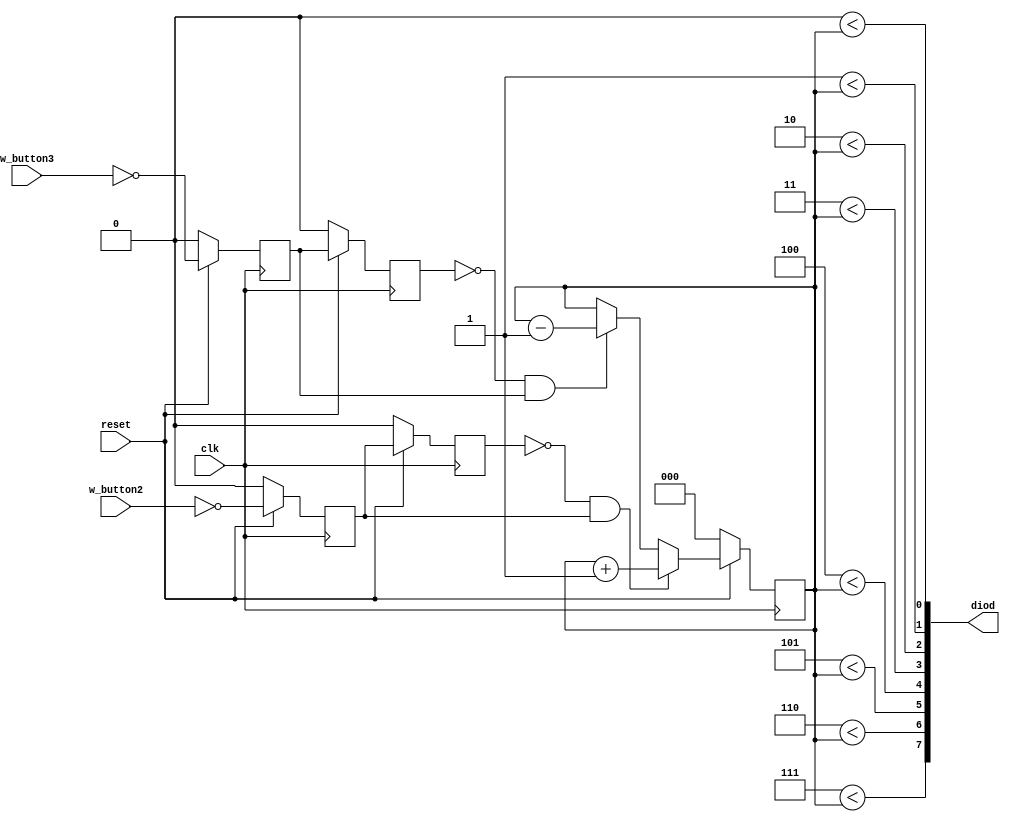

module schetchik(
    input clk,
    input reset,
    input w_button2,
    input w_button3,
    output [7:0] diod
);


reg [2:0] counter;

reg __button2, __button3;
reg _button2, _button3;
wire button2, button3;

assign button2 = ~_button2 & __button2;
assign button3 = ~_button3 & __button3;

genvar i;
generate
    for (i = 0; i < 8; i = i + 1) begin : for1
        assign diod[i] = (i < counter);
    end
endgenerate


always @(posedge clk) begin

    __button2 <= ~reset ? 0 : ~w_button2;
    _button2 <= ~reset ? 0 : __button2;

    __button3 <= ~reset ? 0 : ~w_button3;
    _button3 <= ~reset ? 0 : __button3;

end

always @(posedge clk) begin
    counter <=  ~reset ? 0 :
                button2 ? counter + 1'h1 :
                button3 ? counter - 1'h1 : counter;
    

end


endmodule